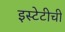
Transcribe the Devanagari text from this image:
इस्टेटीची